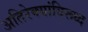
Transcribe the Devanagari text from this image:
अतिरेक्यांविरूध्द